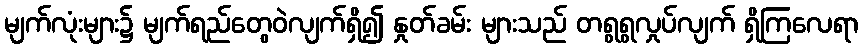
မျက်လုံးများ၌ မျက်ရည်တွေဝဲလျက်ရှိ၍ နှုတ်ခမ်း များသည် တရွရွလှုပ်လျက် ရှိကြလေရာ